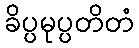
ခိပ္ပမုပ္ပတိတံ